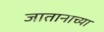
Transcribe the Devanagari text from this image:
जातानाच्या